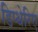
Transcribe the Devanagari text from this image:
डिप्थेरिए